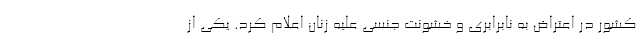
کشور در اعتراض به نابرابری و خشونت جنسی علیه زنان اعلام کرد. یکی از